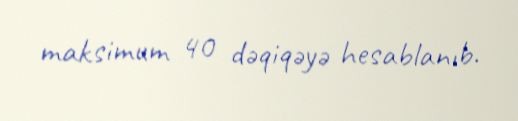
maksimum 40 dəqiqəyə hesablanıb.